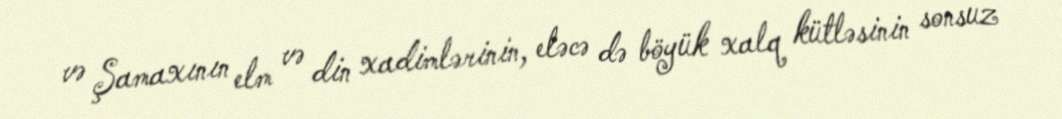
və Şamaxının elm və din xadimlərinin, eləcə də böyük xalq kütləsinin sonsuz